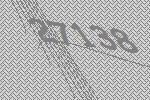
27138